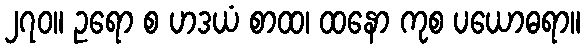
၂၇၀။ ဥရော စ ဟဒယံ စာထ၊ ထနော ကုစ ပယောဓရာ။